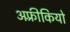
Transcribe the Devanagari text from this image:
अफ़्रीकियो